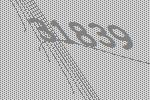
31839